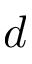
d